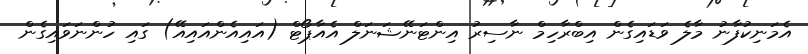
އެމަނިކުފާނު މާލެ ވަޑައިގެން އިބްރާހިމް ނާސިރު އިންޓަނޭޝަނަލް އެއާޕޯޓް (އައިއެންއައިއޭ) ގައި ހުންނަވައިގެން